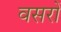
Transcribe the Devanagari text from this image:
वसरों